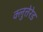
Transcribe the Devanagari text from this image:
क्लुत्तेरेड